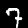
Digit: 7